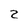
Character: 2